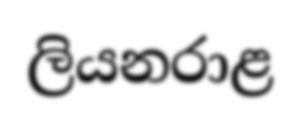
ලියනරාළ